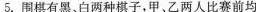
5. 围棋有黑。白两种棋子，甲、乙两人比赛前均